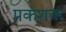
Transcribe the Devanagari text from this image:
प्रकशक